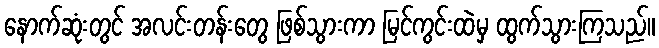
နောက်ဆုံးတွင် အလင်းတန်းတွေ ဖြစ်သွားကာ မြင်ကွင်းထဲမှ ထွက်သွားကြသည်။